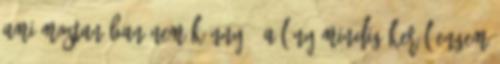
ami mostanában nem könnyű. A lány mindig kerül engem